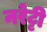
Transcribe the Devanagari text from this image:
नरेट्टी